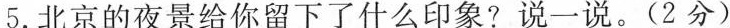
5.北京的夜景给你留下了什么印象？说一说。（2分）